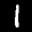
Label: 1